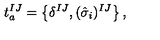
t _ { a } ^ { I J } = \left\{ \delta ^ { I J } , ( \hat { \sigma } _ { i } ) ^ { I J } \right\} ,